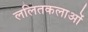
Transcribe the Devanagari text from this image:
ललितकलाओं